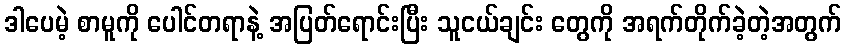
ဒါပေမဲ့ စာမူကို ပေါင်တရာနဲ့ အပြတ်ရောင်းပြီး သူငယ်ချင်း တွေကို အရက်တိုက်ခဲ့တဲ့အတွက်